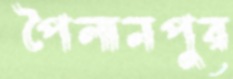
পৈলানপুর